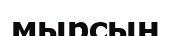
мырсын